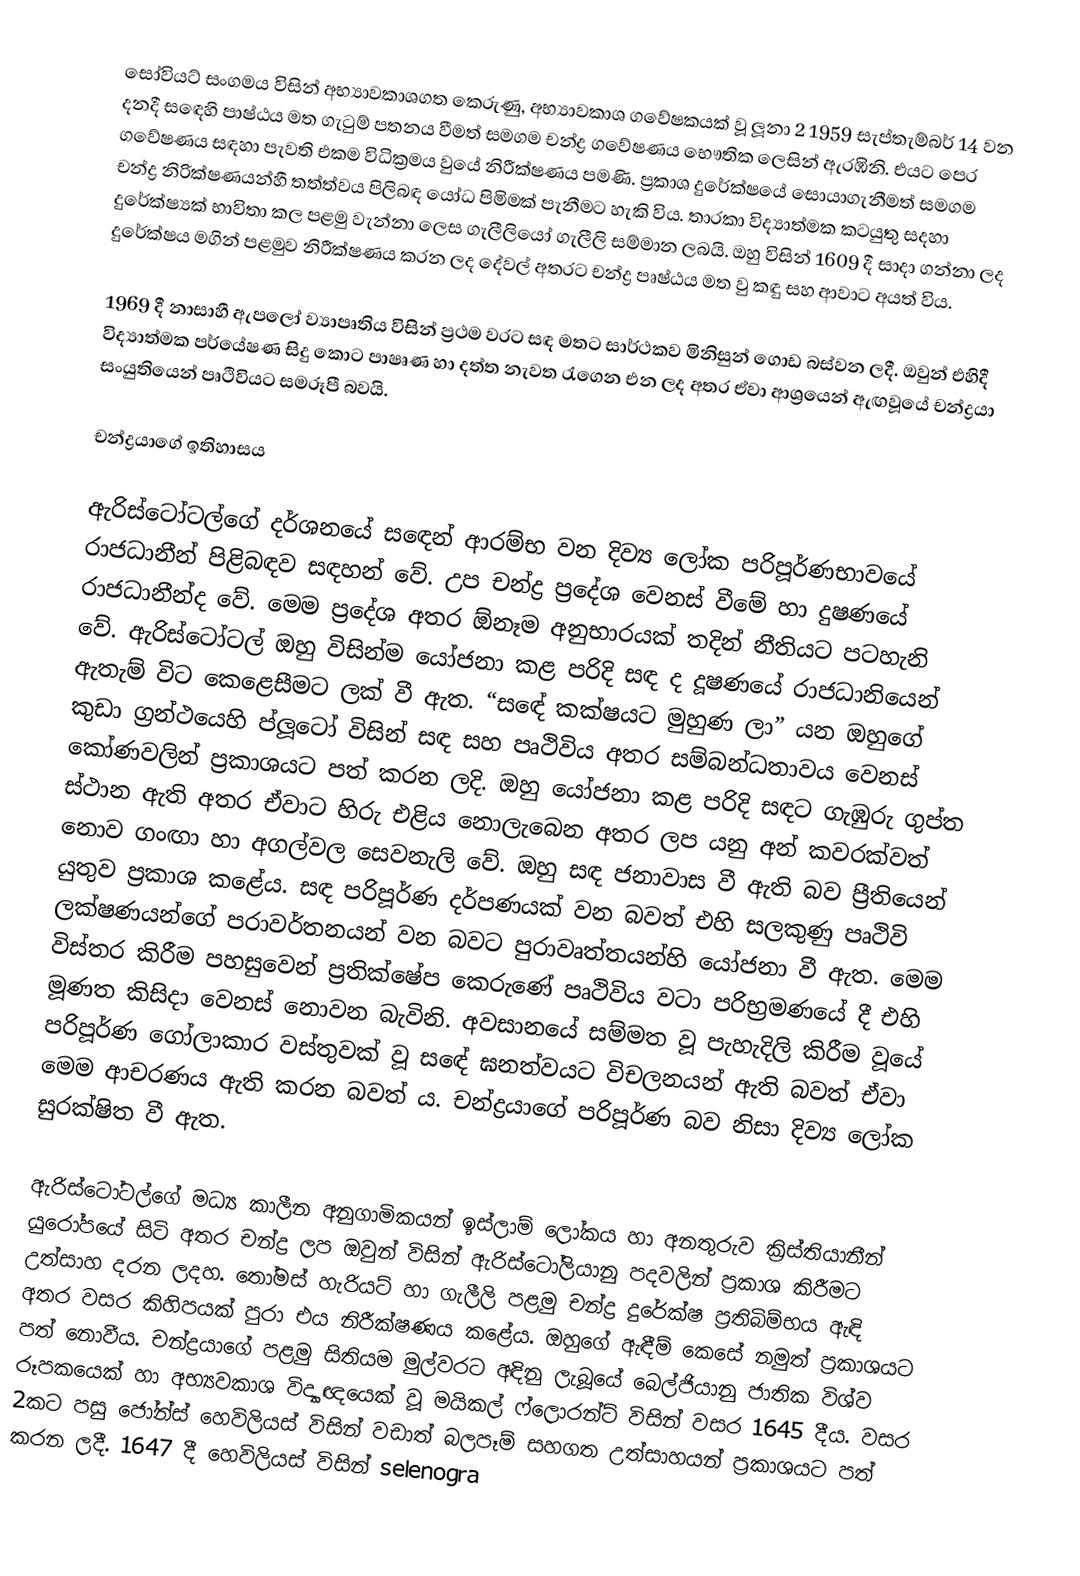
සෝවියට් සංගමය විසින් අභ්‍යාවකාශගත කෙරුණු,  අභ්‍යාවකාශ ගවේෂකයක්  වූ ලූනා 2 1959 සැප්තැම්බර් 14 වන දනදී  සඳෙහි පාෂ්ඨය මත ගැටුම් පතනය වීමත් සමගම  චන්ද්‍ර ගවේෂණය භෞතික ලෙසින් ඇරඹිනි. එයට පෙර ගවේෂණය සඳහා පැවති එකම විධික්‍රමය වුයේ නිරීක්ෂණය පමණි. ප්‍රකාශ දුරේක්ෂයේ සොයාගැනීමත් සමගම චන්ද්‍ර නිරික්ෂණයන්හී තත්ත්වය පිලිබඳ යෝධ පිමිමක් පැනීමට හැකි විය. තාරකා විද්‍යාත්මක කටයුතු සදහා දුරේක්ෂ්‍යක් භාවිතා කල පළමු වැන්නා ලෙස ගැලීලියෝ ගැලීලි සම්මාන ලබයි. ඔහු විසින් 1609 දී සාදා ගන්නා ලද දුරේක්ෂය මගින් පළමුව නිරීක්ෂණය කරන ලද දේවල් අතරට චන්ද්‍ර පෘෂ්ඨය මත වු කඳු සහ ආවාට අයත් විය.

1969 දී නාසාහී ඇපලෝ ව්‍යාපෘතිය විසින් ප්‍රථම වරට සඳ මතට සාර්ථකව මිනිසුන් ගොඩ බස්වන ලදී. ඔවුන් එහිදී විද්‍යාත්මක පර්යේෂණ සිදු කොට පාෂෘණ හා දත්ත නැවත රැගෙන එන ලද අතර ඒවා ආශ්‍රයෙන් ඇඟවූයේ චන්ද්‍රයා සංයුතියෙන් පෘථිවියට සමරූපී බවයි.

චන්ද්‍රයාගේ ඉතිහාසය

ඇරිස්ටෝටල්ගේ දර්ශනයේ සඳෙන් ආරම්භ වන දිව්‍ය ලෝක පරිපූර්ණභාවයේ රාජධානීන් පිළිබඳව සඳහන් වේ. උප චන්ද්‍ර ප්‍රදේශ වෙනස් වීමේ හා දුෂණයේ රාජධානීන්ද වේ. මෙම ප්‍රදේශ අතර ඕනෑම අනුභාරයක් තදින් නීතියට පටහැනි වේ. ඇරිස්ටෝටල් ඔහු විසින්ම යෝජනා කළ පරිදි සඳ ද දූෂණයේ රාජධානියෙන් ඇතැම් විට කෙළෙසීමට ලක් වී ඇත. “සඳේ කක්ෂයට මුහුණ ලා” යන ඔහුගේ කුඩා ග්‍රන්ථයෙහි ප්ලූටෝ විසින් සඳ සහ පෘථිවිය අතර සම්බන්ධතාවය වෙනස් කෝණවලින් ප්‍රකාශයට පත් කරන ලදි. ඔහු යෝජනා කළ පරිදි සඳට ගැඹුරු ගුප්ත ස්ථාන ඇති අතර ඒවාට හිරු එළිය නොලැබෙන අතර ලප යනු අන් කවරක්වත් නොව ගංඟා හා අගල්වල සෙවනැලි වේ. ඔහු සඳ ජනාවාස වී ඇති බව ප්‍රීතියෙන් යුතුව ප්‍රකාශ කළේය. සඳ පරිපූර්ණ දර්පණයක් වන බවත් එහි සලකුණු පෘථිවි ලක්ෂණයන්ගේ පරාවර්තනයන් වන බවට පුරාවෘත්තයන්හි යෝජනා වී ඇත. මෙම විස්තර කිරීම පහසුවෙන් ප්‍රතික්ෂේප කෙරුණේ පෘථිවිය වටා පරිභ්‍රමණයේ දී එහි මූණත කිසිදා වෙනස් නොවන බැවිනි. අවසානයේ සම්මත වූ පැහැදිලි කිරීම වූයේ පරිපූර්ණ ගෝලාකාර වස්තුවක් වූ සඳේ ඝනත්වයට විචලනයන් ඇති බවත් ඒවා මෙම ආචරණය ඇති කරන බවත් ය. චන්ද්‍රයාගේ පරිපූර්ණ බව නිසා දිව්‍ය ලෝක සුරක්ෂිත වී ඇත.

ඇරිස්ටෝටල්ගේ මධ්‍ය කාලීන අනුගාමිකයන් ඉස්ලාම් ලෝකය හා අනතුරුව ක්‍රිස්තියානීන් යුරෝපයේ සිටි අතර චන්ද්‍ර ලප ඔවුන් විසින් ඇරිස්ටෝලියානු පදවලින් ප්‍රකාශ කිරීමට උත්සාහ දරන ලදහ. තෝමස් හැරියට් හා ගැලීලි පළමු චන්ද්‍ර දුරේක්ෂ ප්‍රතිබිම්භය ඇඳි අතර වසර කිහිපයක් පුරා එය නිරීක්ෂණය කළේය. ඔහුගේ ඇඳීම් කෙසේ නමුත් ප්‍රකාශයට පත් නොවීය. චන්ද්‍රයාගේ පළමු සිතියම මුල්වරට අඳිනු ලැබූයේ බෙල්ජියානු ජාතික විශ්ව රූපකයෙක් හා අභ්‍යවකාශ විද්‍යාඥයෙක් වූ මයිකල් ෆ්ලොරන්ට් විසින් වසර 1645 දීය. වසර 2කට පසු ජෝන්ස් හෙවිලියස් විසින් වඩාත් බලපෑම් සහගත උත්සාහයන් ප්‍රකාශයට පත් කරන ලදී. 1647 දී හෙවිලියස් විසින් selenogra